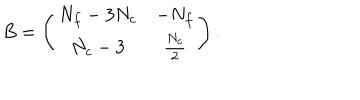
B = \left( \begin{matrix} { { N _ { f } - 3 N _ { c } } } & { { - N _ { f } } } \\ { { N _ { c } - 3 } } & { { { \frac { N _ { c } } { 2 } } } } \\ \end{matrix} \right) .